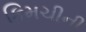
કિમચીની